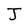
Character: J